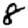
Digit: 8